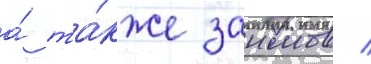
а́ та́кже заимов /